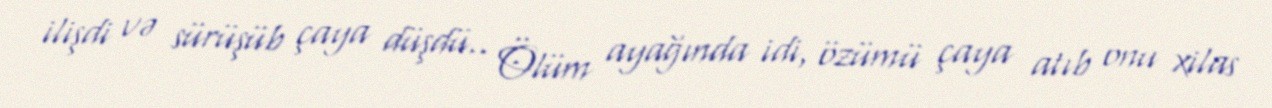
ilişdi və sürüşüb çaya düşdü.. Ölüm ayağında idi, özümü çaya atıb onu xilas